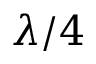
\lambda / 4